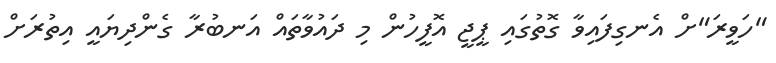
"ހަވީރަ"ށް އެނގިފައިވާ ގޮތުގައި ޕީޖީ އޮފީހުން މި ދައުވާތައް އަނބުރާ ގެންދިޔައީ އިތުރަށް